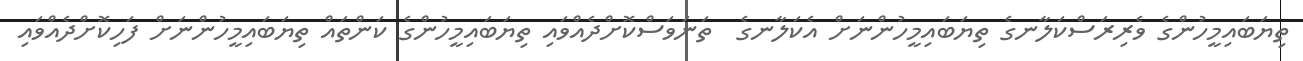
ތިޔަބައިމީހުންގެ ވެރިރަސްކަލާނގެ ތިޔަބައިމީހުންނަށް އެކަލާނގެ  ތަނަވަސްކޮށްދެއްވައި ތިޔަބައިމީހުންގެ ކަންތައް ތިޔަބައިމީހުންނަށް ފަހިކޮށްދެއްވައި